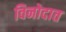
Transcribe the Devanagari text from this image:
विनोदात